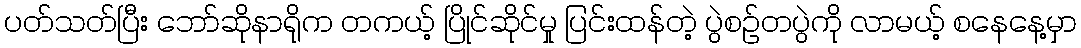
ပတ်သတ်ပြီး ဘော်ဆိုနာရိုက တကယ့် ပြိုင်ဆိုင်မှု ပြင်းထန်တဲ့ ပွဲစဉ်တပွဲကို လာမယ့် စနေနေ့မှာ